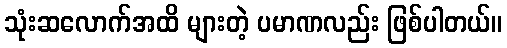
သုံးဆလောက်အထိ များတဲ့ ပမာဏလည်း ဖြစ်ပါတယ်။